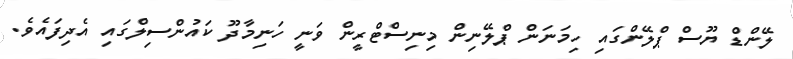
ލޭންޑް ޔޫސް ޕްލޭންގައި ހިމަނަން ޕްލޭނިން މިނިސްޓްރީން ވަނީ ހަނިމާދޫ ކައުންސިލްގައި އެދިފައެވެ.